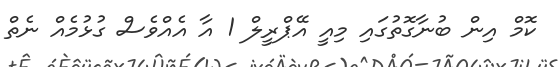
ކޮމް އިން ބުނާގޮތުގައި މިއީ އޭޕްރީލް 1 އާ އެއްވެސް ގުޅުމެއް ނެތް